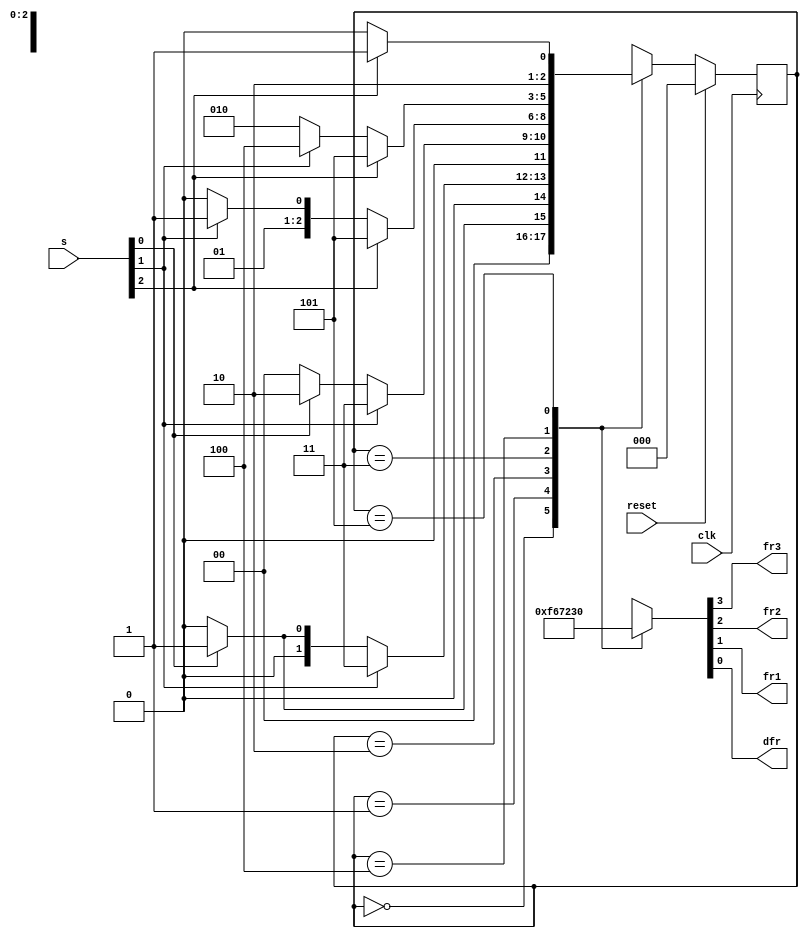
module top_module(
    input clk,
    input reset,
    input [3:1] s,
    output reg fr3,
    output reg fr2,
    output reg fr1,
    output reg dfr);

    // Estados terminados em 2 devem ter dfr=1
    parameter A2=3'b000, B1=3'b001, B2=3'b010, C1=3'b011, C2=3'b100, D1=3'b101;
    reg [2:0] state, next;    // Certifique-se da largura suficiente para armazenar os estados

    // Reset e transição de estados síncronos
    always @(posedge clk)
        if (reset) state <= A2;
        else state <= next;

    // Circuito combinacional para definir os próximos estados
    always@(*)
        case (state)
            A2: next = s[1] ? B1 : A2;
            B1: next = s[2] ? C1 : (s[1] ? B1 : A2);
            B2: next = s[2] ? C1 : (s[1] ? B2 : A2);
            C1: next = s[3] ? D1 : (s[2] ? C1 : B2);
            C2: next = s[3] ? D1 : (s[2] ? C2 : B2);
            D1: next = s[3] ? D1 : C2;
            default: next = 'x;
        endcase

    // Saída combinacional, de acordo com os estados
    always@(*) 
        case (state)
            A2: {fr3, fr2, fr1, dfr} = 4'b1111;
            B1: {fr3, fr2, fr1, dfr} = 4'b0110;
            B2: {fr3, fr2, fr1, dfr} = 4'b0111;
            C1: {fr3, fr2, fr1, dfr} = 4'b0010;
            C2: {fr3, fr2, fr1, dfr} = 4'b0011;
            D1: {fr3, fr2, fr1, dfr} = 4'b0000;
            default: {fr3, fr2, fr1, dfr} = 'x;
        endcase
endmodule